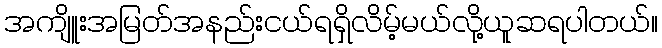
အကျိူးအမြတ်အနည်းငယ်ရရှိလိမ့်မယ်လို့ယူဆရပါတယ်။